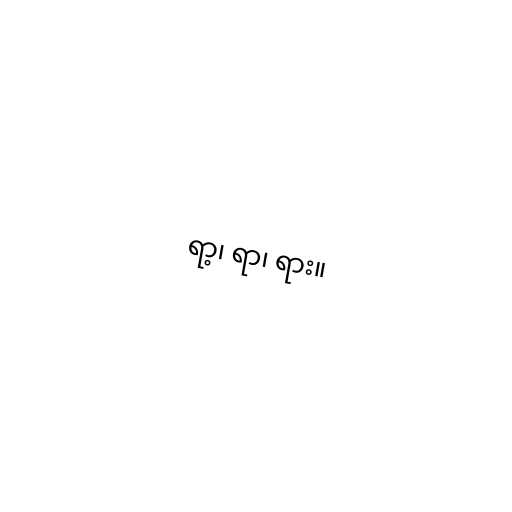
ရာ့၊ ရာ၊ ရား။